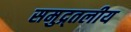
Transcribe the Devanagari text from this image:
समुद्र्तलीय